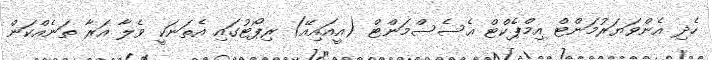
ހެދި އެންވަޔަރުމަންޓް އިމްޕެކްޓް އެސެސްމަންޓް (އީއައިއޭ) ރިޕޯޓުގައި އެތަނަކީ ވެލާ އަރާ ތަނެއްކަން